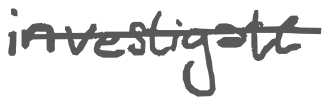
Text: investigate
Cross-out: single-line
Writing tool: digital_gray